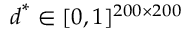
\boldsymbol { d } ^ { * } \in [ 0 , 1 ] ^ { 2 0 0 \times 2 0 0 }